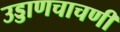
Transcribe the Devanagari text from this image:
उड्डाणचाचणी